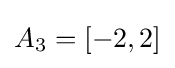
A_{3}=[-2,2]